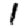
Digit: 1